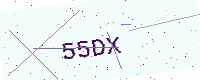
Text: 55DX